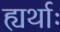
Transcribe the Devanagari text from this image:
ह्यर्थाः